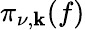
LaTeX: \pi_{\nu,\mathbf{k}}(f)